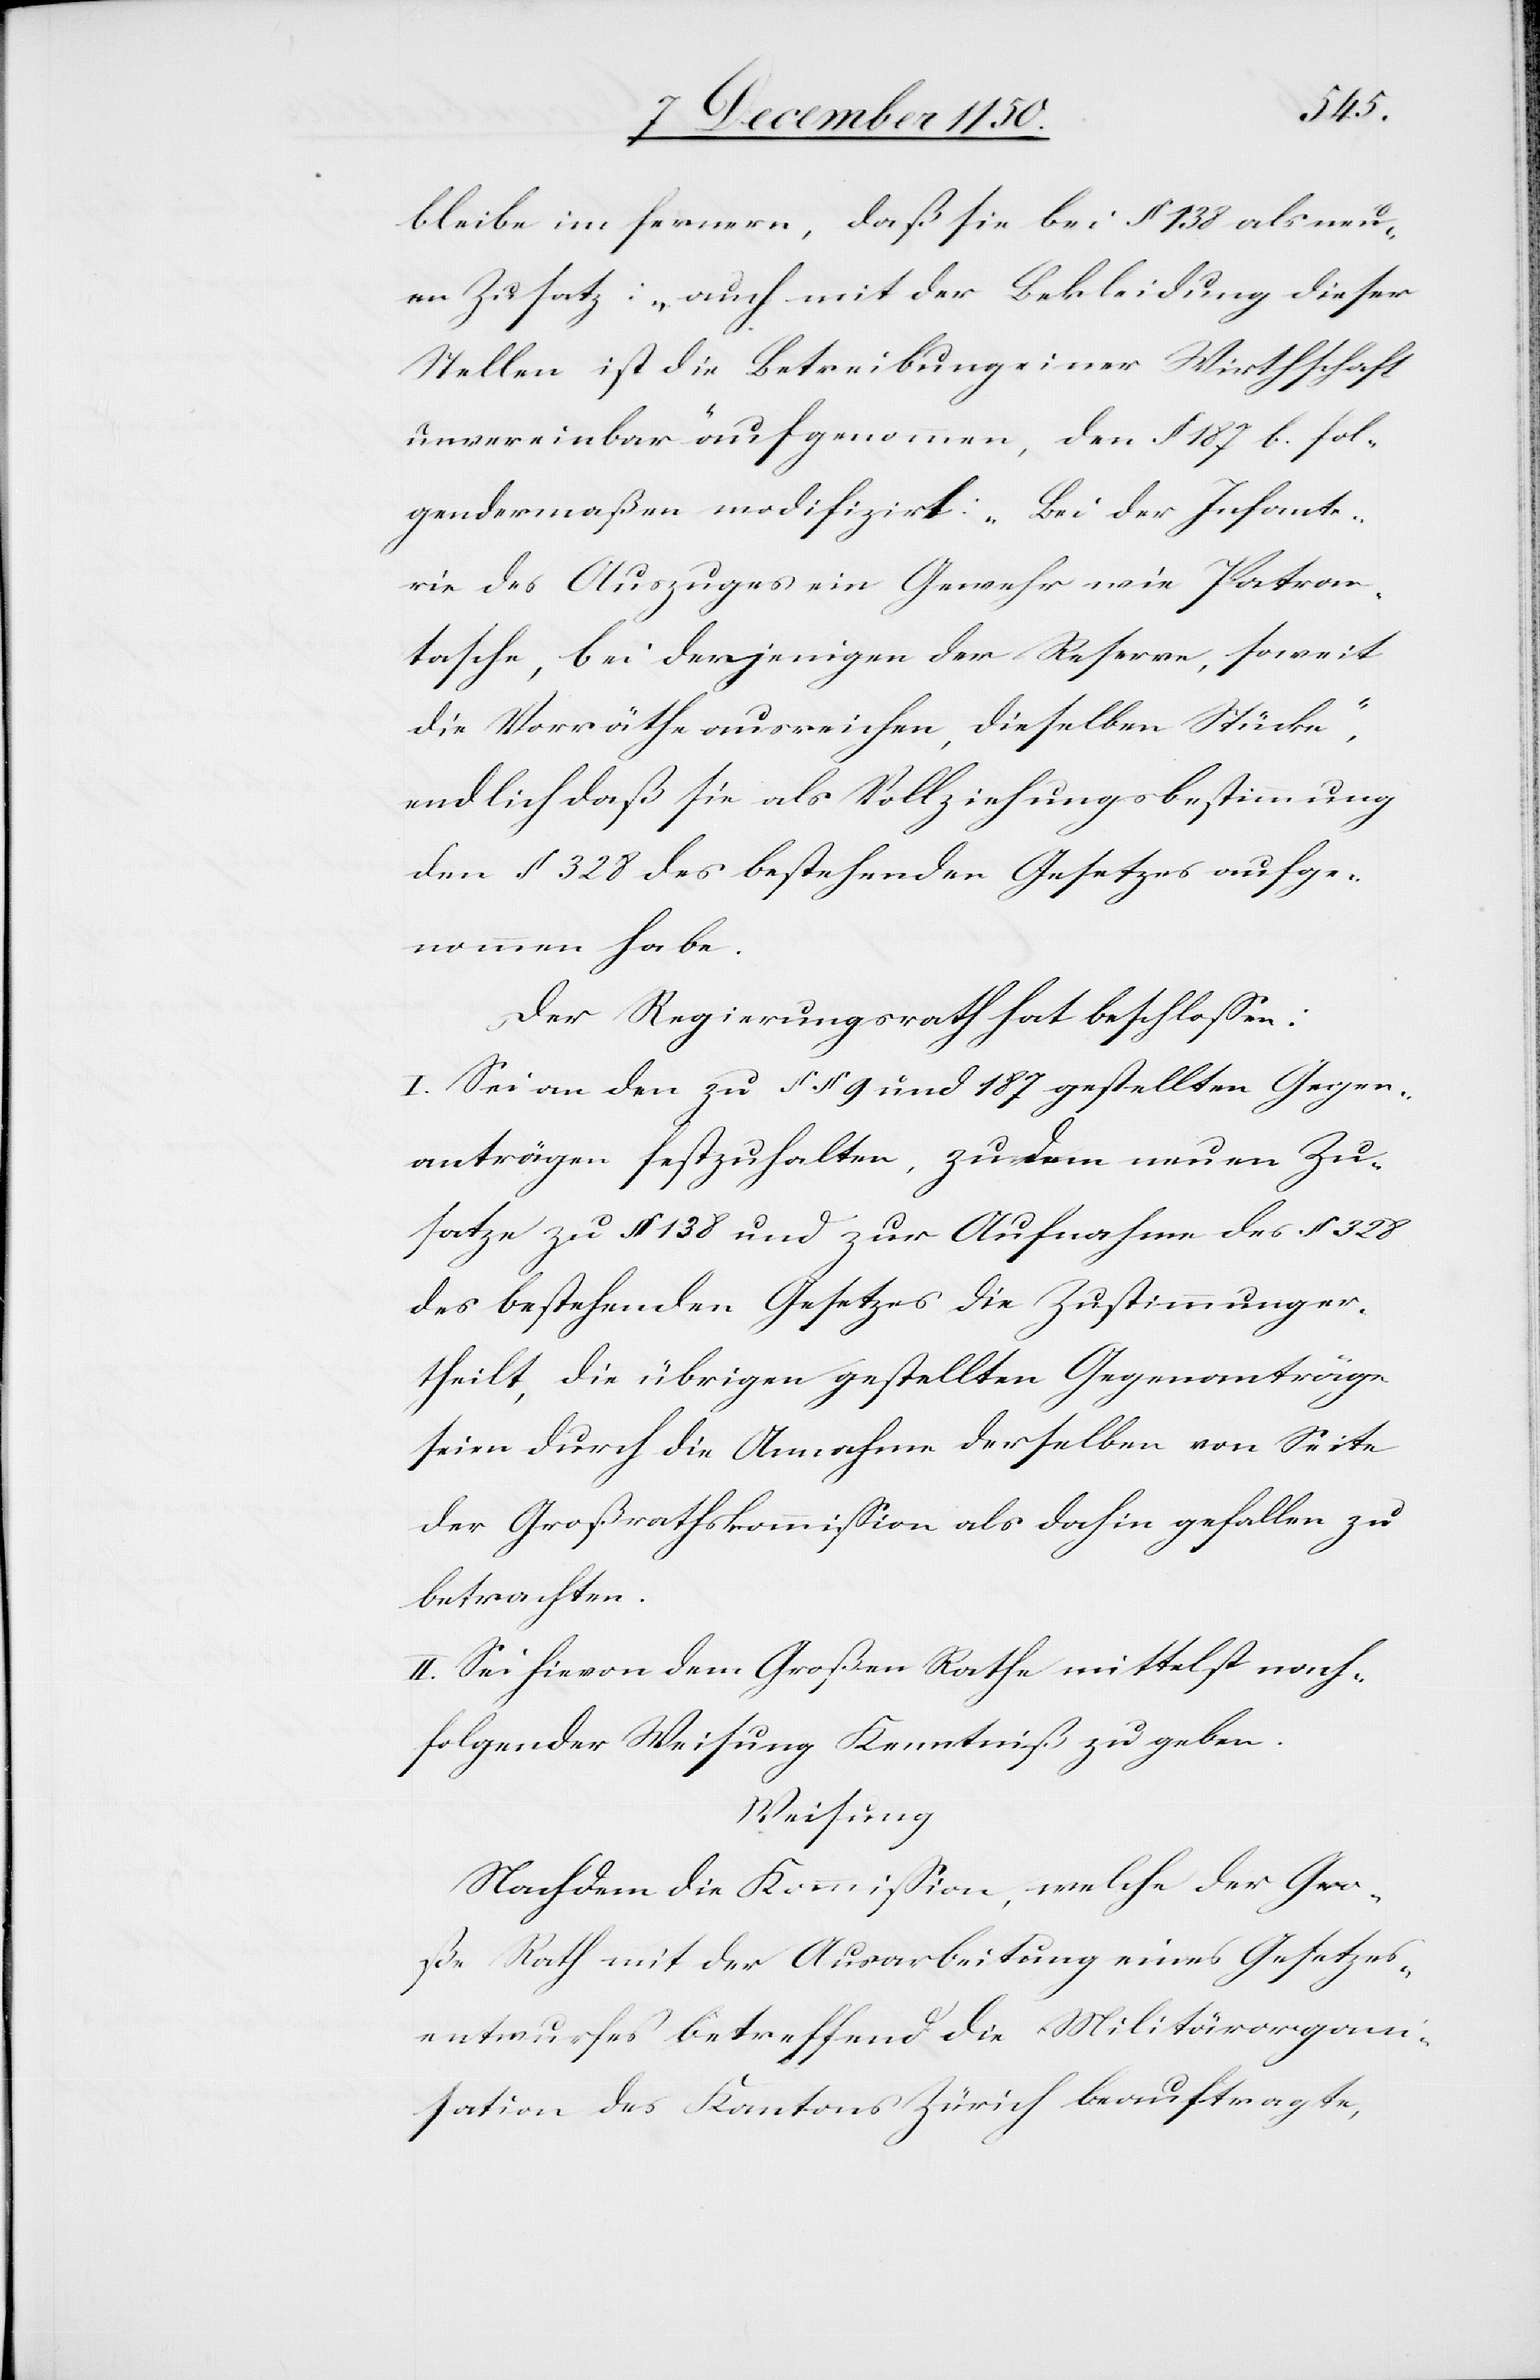
bleibe im fernern, daß sie bei § 138 als neu¬
en Zusatz: „auch mit der Bekleidung dieser
Stellen ist die Betreibung einer Wirthschaft
unvereinbar“ aufgenommen, den § 187 b. fol¬
gendermaßen modifizirt: „Bei der Infante¬
rie des Auszuges ein Gewehr wie Patron¬
tasche, bei derjenigen der Reserve, soweit
die Vorräthe ausreichen, dieselben Stücke“,
endlich daß sie als Vollziehungsbestimmung
den § 328 des bestehenden Gesetzes aufge¬
nommen habe.
Der Regierungsrath hat beschlossen:
I. Sei an den zu § § 9 und 187 gestellten Gegen¬
anträgen festzuhalten, zu dem neuen Zu¬
satze zu § 138 und zur Aufnahme des § 328
des bestehenden Gesetzes die Zustimmung er¬
theilt, die übrigen gestellten Gegenanträge
seien durch die Annahme derselben von Seite
der Großrathskommission als dahin gefallen zu
betrachten.
II. Sei hievon dem Großen Rathe mittelst nach¬
folgender Weisung Kenntniß zu geben.
Weisung
Nachdem die Kommission, welche der Gro¬
ße Rath mit der Ausarbeitung eines Gesetzes¬
entwurfes betreffend die Militärorgani¬
sation des Kantons Zürich beauftragte,